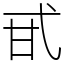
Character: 甙